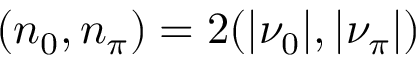
( n _ { 0 } , n _ { \pi } ) = 2 ( | \nu _ { 0 } | , | \nu _ { \pi } | )